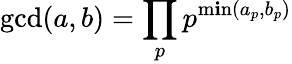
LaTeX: \operatorname*{gcd}(a,b)=\prod_{p}p^{\operatorname*{m\mathbf{i}n}(a_{p},b_{p})}